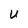
Character: U